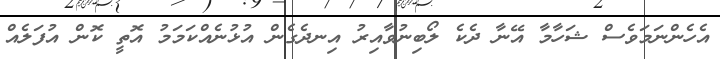
އެހެންނަމަވެސް ޝަހާމާ އޭނާ ދެކެ ލޯބިނުވާއިރު އިނދެގެން އުޅުނެއްކަމަމު އޮތީ ކޮން އުފަލެއް